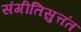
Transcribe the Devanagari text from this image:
संगीतिसुत्तंत